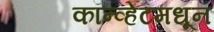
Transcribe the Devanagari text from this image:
कॉन्व्हेंटमधून